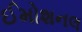
ઈમોશનલ